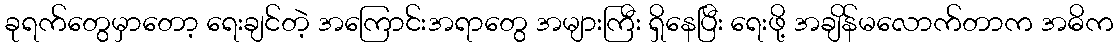
ခုရက်တွေမှာတော့ ရေးချင်တဲ့ အကြောင်းအရာတွေ အများကြီး ရှိနေပြီး ရေးဖို့ အချိန်မလောက်တာက အဓိက